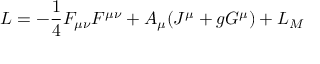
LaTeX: { \cal L } = - \frac { 1 } { 4 } F _ { \mu \nu } F ^ { \mu \nu } + A _ { \mu } ( J ^ { \mu } + g G ^ { \mu } ) + { \cal L } _ { M }